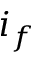
i _ { f }